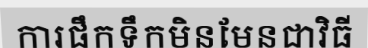
ការផឹកទឹកមិនមែនជាវិធី